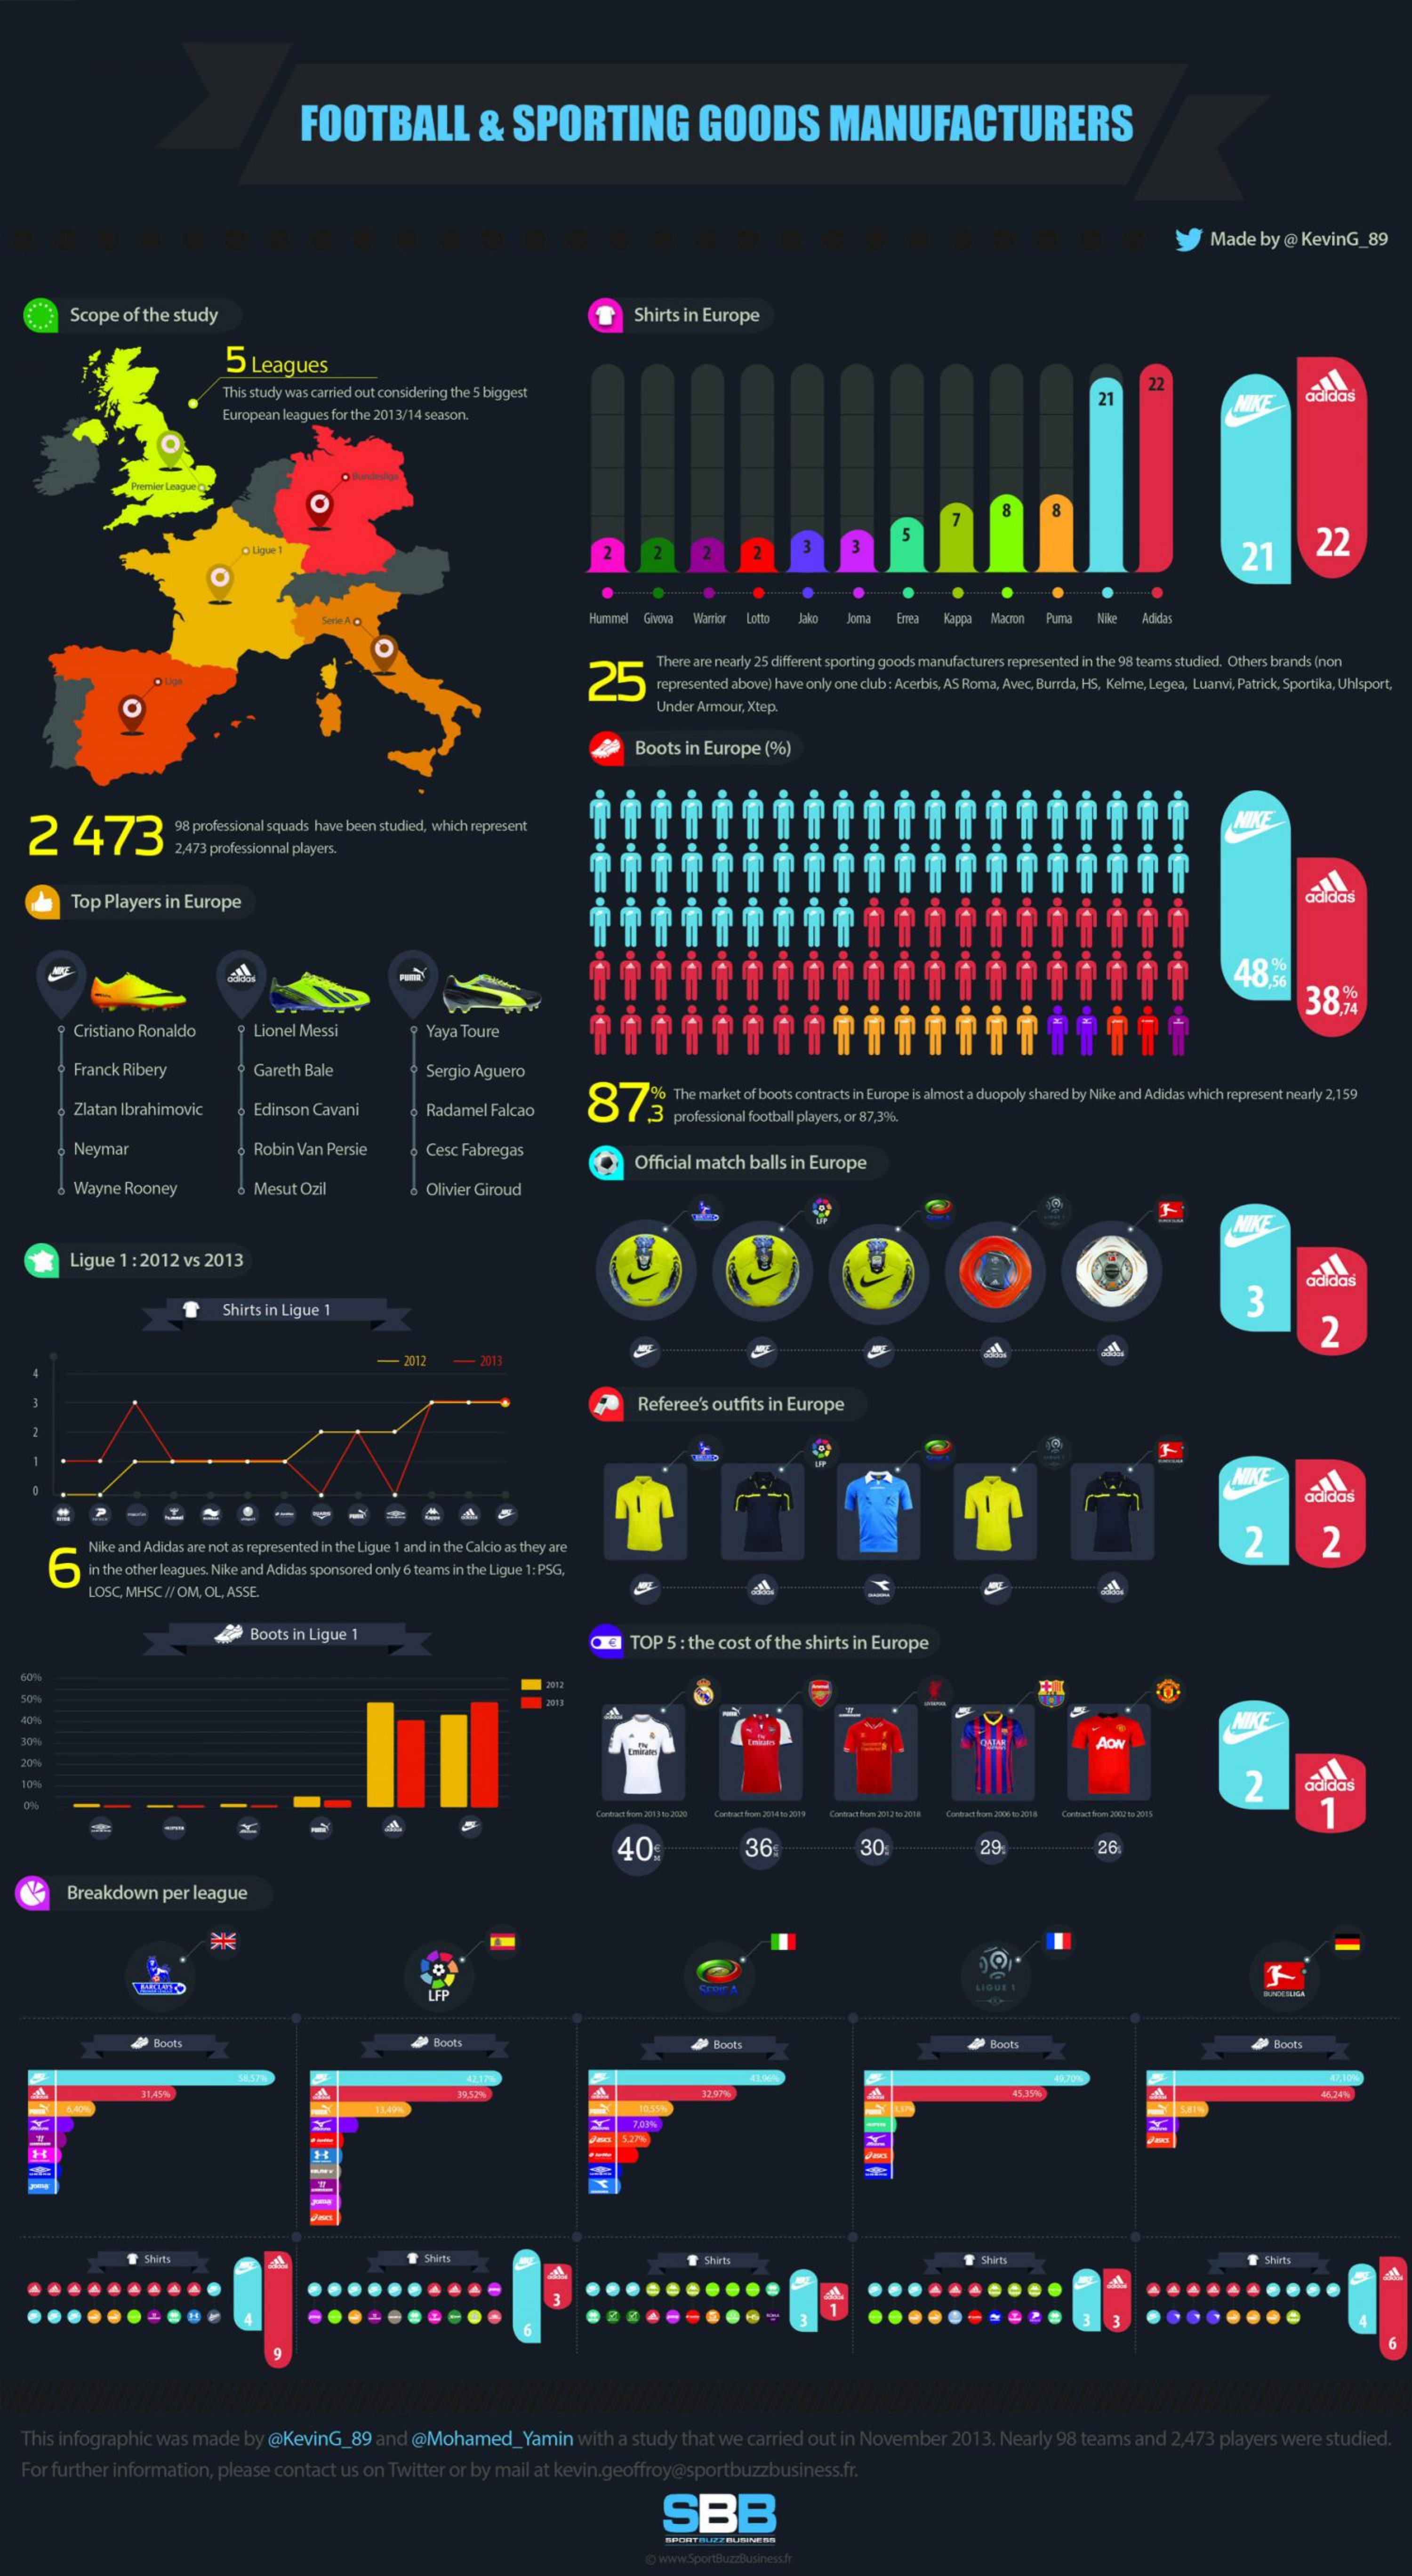
FOOTBALL    &  SPORTING    GOODS    MANUFACTURERS
     Made by @ KevinG_89
     Scope of the study    T  Shirts in Europe
     5 Leagues
     This study was carried out considering the S biggest
     22
     adidas
     European leagues for the 2013/14 season.
     21    MIKE
     * Ligue 1    2    2    21    22
     Hummel Givosa Warrior Jako   Emea Kappa Macron Puma Nike Adidas
     25
     There are nearly 25 different sporting goods manufacturers represented in the 98 teams studied. Others brands (non
     represented above) have only one club : Acerbis, AS Roma, Avec, Burrda, HS, Kelme, Legea, Luarwi, Patrick, Sportika, Uhlsport,
     Under Armour, Xtep.
     Boots in Europe (%)
   2   473    2 98 professional squads have been studied, which represent
     2,473 professionnal players.
     Top Players in Europe    adidas
     48%
     38%
     Cristiano Ronaldo Lionel Messi    Yaya Toure
     Franck Ribery    Gareth Bale    Sergio Aguero
     Zlatan Ibrahimovic    Radamel Falcao
     87    The market of boots contracts in Europe is almost a duopoly shared by Nike and Adidas which represent nearly 2,159
     Edinson Cavani    professional football players, or 87,3%.
     Neymar    Robin Van Persie Cesc Fabregas
     Official match balls in Europe
     Wayne Rooney    Mesut Ozil    Olivier Giroud
     NICE
     Ligue 1 : 2012 vs 2013
     adidas
     Shirts in Ligue 1    3
     2
     -  2012   2013
     Referee's outfits in Europe
     adidas
     6
     Nike and Adidas are not as represented in the Ligue 1 and in the Calcio as they are    2    2
     in the other leagues. Nike and Adidas sponsored only 6 teams in the Ligue 1: PSG,
     LOSC, MHSC // OM, OL, ASSE.
     49 Boots in Ligue 1    TOP 5 : the cost of the shirts in Europe
  30%    AOW
  20%
  10%    2    adidas
     Contract brows 2060 - 2045 1
     40    36    30    29    26
     Breakdown per league
     LFP
     LIQUE 1
     Boots    Boots    OP Boots    Bloats    4 Blogts
     12.97%%    45 350%
     Shirts    Shirts    Shirts    Shirts    Shirts
   ......    ..........    .........    .......
     6
  This infographic was made by @KevinG_89 and @Mohamed_Yamin with a study that we carried out in November 2013. Nearly 98 teams and 2,473 players were studied.
  For further information, please contact us on Twitter or by mail at kevin.geoffroy@sportbuzzbusiness.fr.
     SBB